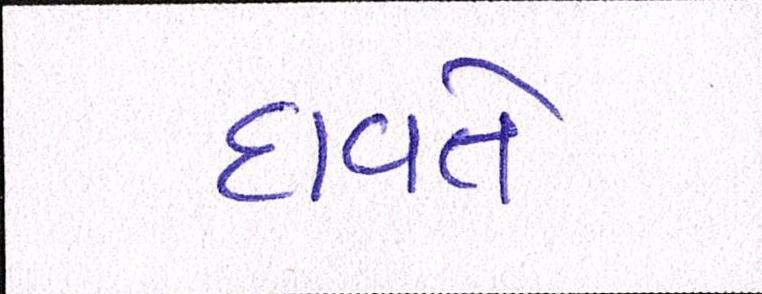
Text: દાવતે